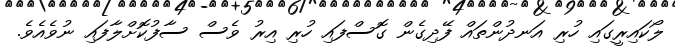
ލޯކައިރީގައި ހުރި އަނދުންތައް ފޭދިގެން ގޮސްފައި ހުރި އިރު ވެސް ސާފުކޮށްލާފައި ނުވެއެވެ.